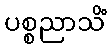
ပစ္စညာသိံ